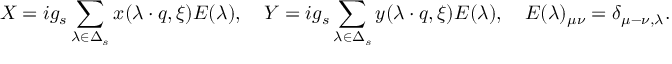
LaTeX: X = i g _ { s } \sum _ { \lambda \in \Delta _ { s } } x ( \lambda \cdot q , \xi ) E ( \lambda ) , \quad Y = i g _ { s } \sum _ { \lambda \in \Delta _ { s } } y ( \lambda \cdot q , \xi ) E ( \lambda ) , \quad E ( \lambda ) _ { \mu \nu } = \delta _ { \mu - \nu , \lambda } .